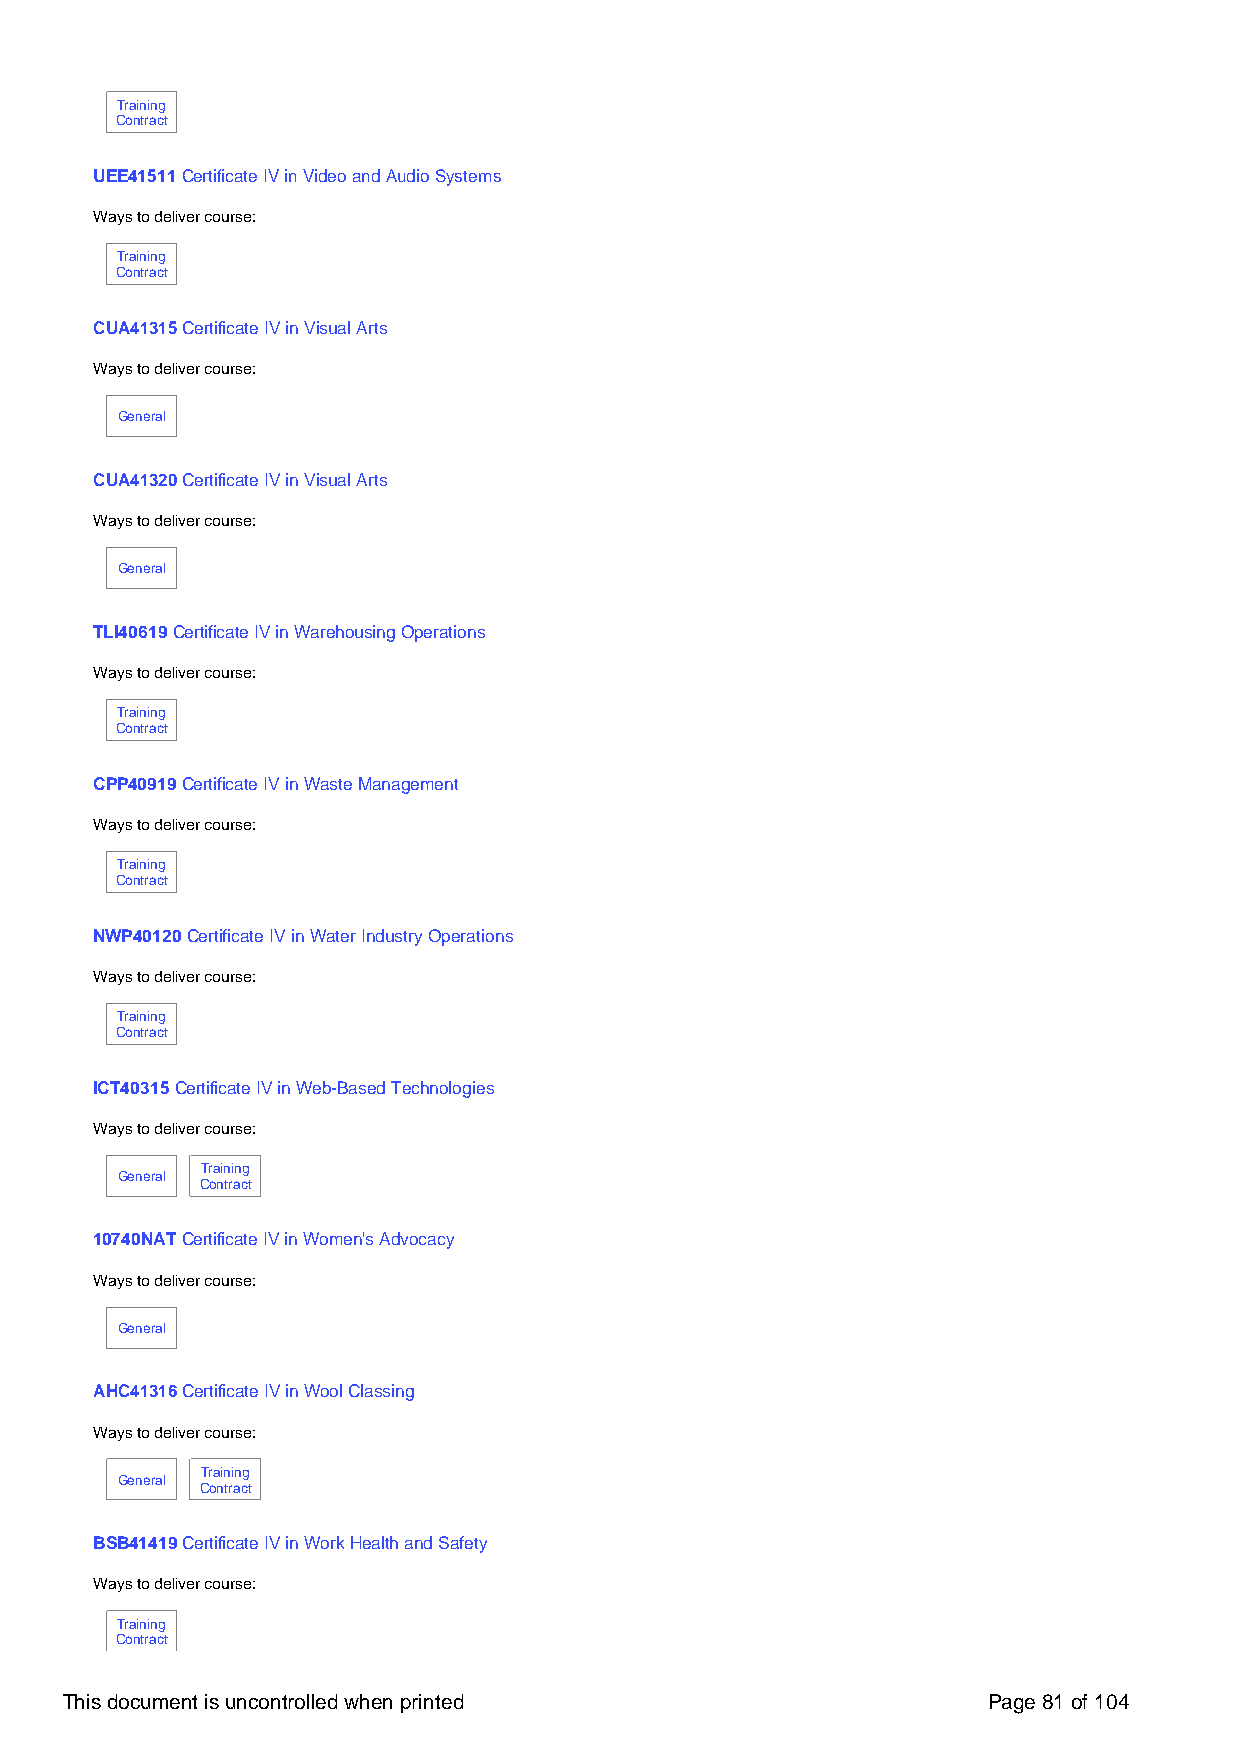
Training
 Contract
 UEE41511 Certificate IV in Video and Audio Systems
 Ways to deliver course:
 Training
 Contract
 CUA41315 Certificate IV in Visual Arts
 Ways to deliver course:
 General
 CUA41320 Certificate IV in Visual Arts
 Ways to deliver course:
 General
 TLI40619 Certificate IV in Warehousing Operations
 Ways to deliver course:
 Training
 Contract
 CPP40919 Certificate IV in Waste Management
 Ways to deliver course:
 Training
 Contract
 NWP40120 Certificate IV in Water Industry Operations
 Ways to deliver course:
 Training
 Contract
 ICT40315 Certificate IV in Web-Based Technologies
 Ways to deliver course:
 Training
 General
 Contract
 10740NAT Certificate IV in Women's Advocacy
 Ways to deliver course:
 General
 AHC41316 Certificate IV in Wool Classing
 Ways to deliver course:
 Training
 General
 Contract
 BSB41419 Certificate IV in Work Health and Safety
 Ways to deliver course:
 Training
 Contract
 This document is uncontrolled when printed                   Page 81 of 104